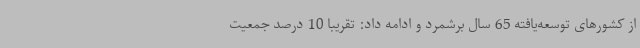
از کشورهای توسعه‌یافته 65 سال برشمرد و ادامه داد: تقریبا 10 درصد جمعیت